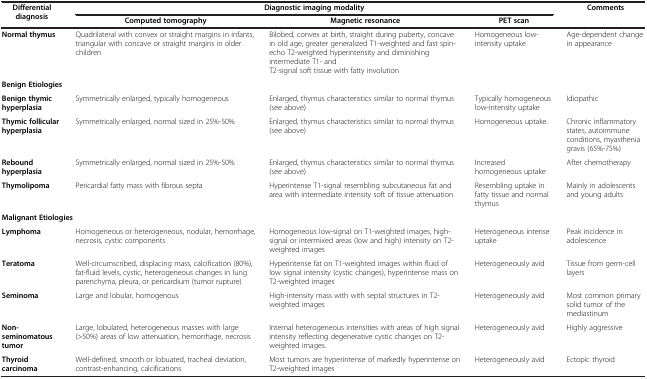
<table><thead><tr><td rowspan="2"><b>Differential diagnosis</b></td><td colspan="3"><b>Diagnostic imaging modality</b></td><td><b>Comments</b></td></tr><tr><td><b>Computed tomography</b></td><td><b>Magnetic resonance</b></td><td><b>PET scan</b></td><td><b> </b></td></tr></thead><tbody><tr><td><b>Normal thymus</b></td><td>Quadrilateral with convex or straight margins in infants, triangular with concave or straight margins in older children</td><td>Bilobed, convex at birth, straight during puberty, concave in old age, greater generalized T1-weighted and fast spin-echo T2-weighted hyperintensity and diminishing intermediate T1- and T2-signal soft tissue with fatty involution</td><td>Homogeneous low-intensity uptake</td><td>Age-dependent change in appearance</td></tr><tr><td colspan="5"><b>Benign Etiologies</b></td></tr><tr><td><b>Benign thymic hyperplasia</b></td><td>Symmetrically enlarged, typically homogeneous</td><td>Enlarged, thymus characteristics similar to normal thymus (see above)</td><td>Typically homogeneous low-intensity uptake</td><td>Idiopathic</td></tr><tr><td><b>Thymic follicular hyperplasia</b></td><td>Symmetrically enlarged, normal sized in 25%-50%</td><td>Enlarged, thymus characteristics similar to normal thymus (see above)</td><td>Homogeneous uptake.</td><td>Chronic inflammatory states, autoimmune conditions, myasthenia gravis (65%-75%)</td></tr><tr><td><b>Rebound hyperplasia</b></td><td>Symmetrically enlarged, normal sized in 25%-50%</td><td>Enlarged, thymus characteristics similar to normal thymus (see above)</td><td>Increased homogeneous uptake</td><td>After chemotherapy</td></tr><tr><td><b>Thymolipoma</b></td><td>Pericardial fatty mass with fibrous septa</td><td>Hyperintense T1-signal resembling subcutaneous fat and area with intermediate intensity soft of tissue attenuation</td><td>Resembling uptake in fatty tissue and normal thymus</td><td>Mainly in adolescents and young adults</td></tr><tr><td colspan="5"><b>Malignant Etiologies</b></td></tr><tr><td><b>Lymphoma</b></td><td>Homogeneous or heterogeneous, nodular, hemorrhage, necrosis, cystic components</td><td>Homogeneous low-signal on T1-weighted images, high-signal or intermixed areas (low and high) intensity on T2-weighted images</td><td>Heterogeneous intense uptake</td><td>Peak incidence in adolescence</td></tr><tr><td><b>Teratoma</b></td><td>Well-circumscribed, displacing mass, calcification (80%), fat-fluid levels, cystic, heterogeneous changes in lung parenchyma, pleura, or pericardium (tumor rupture)</td><td>Hyperintense fat on T1-weighted images within fluid of low signal intensity (cystic changes), hyperintense mass on T2-weighted images</td><td>Heterogeneously avid</td><td>Tissue from germ-cell layers</td></tr><tr><td><b>Seminoma</b></td><td>Large and lobular, homogenous</td><td>High-intensity mass with with septal structures in T2-weighted images</td><td>Heterogeneously avid</td><td>Most common primary solid tumor of the mediastinum</td></tr><tr><td><b>Non-seminomatous tumor</b></td><td>Large, lobulated, heterogeneous masses with large (&gt;50%) areas of low attenuation, hemorrhage, necrosis</td><td>Internal heterogeneous intensities with areas of high signal intensity reflecting degenerative cystic changes on T2-weighted images.</td><td>Heterogeneously avid</td><td>Highly aggressive</td></tr><tr><td><b>Thyroid carcinoma</b></td><td>Well-defined, smooth or lobuated, tracheal deviation, contrast-enhancing, calcifications</td><td>Most tumors are hyperintense of markedly hyperintense on T2-weighted images</td><td>Heterogeneously avid</td><td>Ectopic thyroid</td></tr></tbody></table>